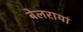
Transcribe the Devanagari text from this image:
बेलरायां